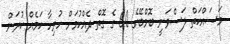
މަސައްކަތް ލަސްވަނީ ބޮމްބޭގެ 60 ގެ ގޮތް ދެއްކުމަށް ހުރިހާ ކަމެއް ކުރަން